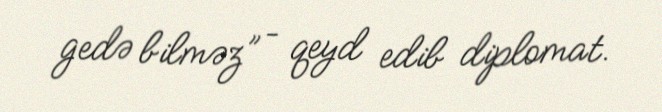
gedə bilməz” – qeyd edib diplomat.